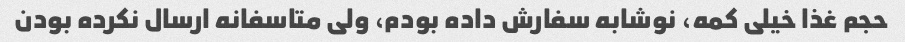
حجم غذا خیلی کمه، نوشابه سفارش داده بودم، ولی متاسفانه ارسال نکرده بودن